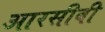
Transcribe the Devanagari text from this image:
आरसीबी